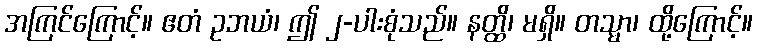
အကြင်ကြောင့်။ ဧတံ ဥဘယံ၊ ဤ ၂-ပါးစုံသည်။ နတ္ထိ၊ မရှိ။ တသ္မာ၊ ထို့ကြောင့်။